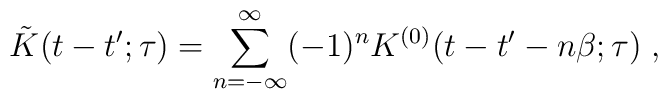
\tilde K(t-t';\tau)=\sum_{n=-\infty}^\infty (-1)^n K^{(0)}(t-t'-n\beta;\tau)\; ,